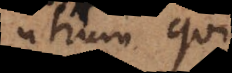
utrum qui